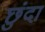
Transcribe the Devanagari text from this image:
छुंदा